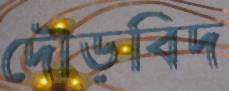
দৌড়বিদ